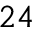
2 4